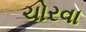
ચોરવા